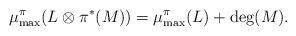
LaTeX: \begin{align*}\mu_{\max}^{\pi}(L\otimes\pi^*(M))=\mu_{\max}^{\pi}(L)+\deg(M).\end{align*}